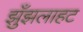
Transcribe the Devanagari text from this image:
झुँझलाहट